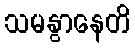
သမနွာနေတိ